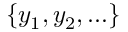
\left\{ y _ { 1 } , y _ { 2 } , \ldots \right\}